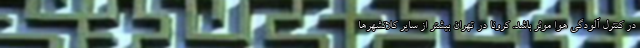
در کنترل آلودگی هوا موثر باشد. کرونا در تهران بیشتر از سایر کلانشهرها